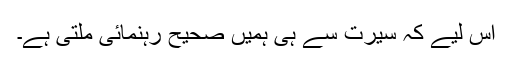
اس لیے کہ سیرت سے ہی ہمیں صحیح رہنمائی ملتی ہے۔